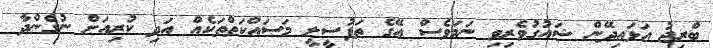
ބްރިޖު އަޅައިދޭން ޝައުގުވެރިވި ނަމަވެސް އޭގެ ތަފުސީލީ މަސައްކަތްތަކެއް އަދި ކުރިއަށް ނުގެންދާ